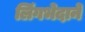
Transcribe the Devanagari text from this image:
लिंगभेदाने